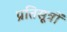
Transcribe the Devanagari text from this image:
प्रतिसूत्रों